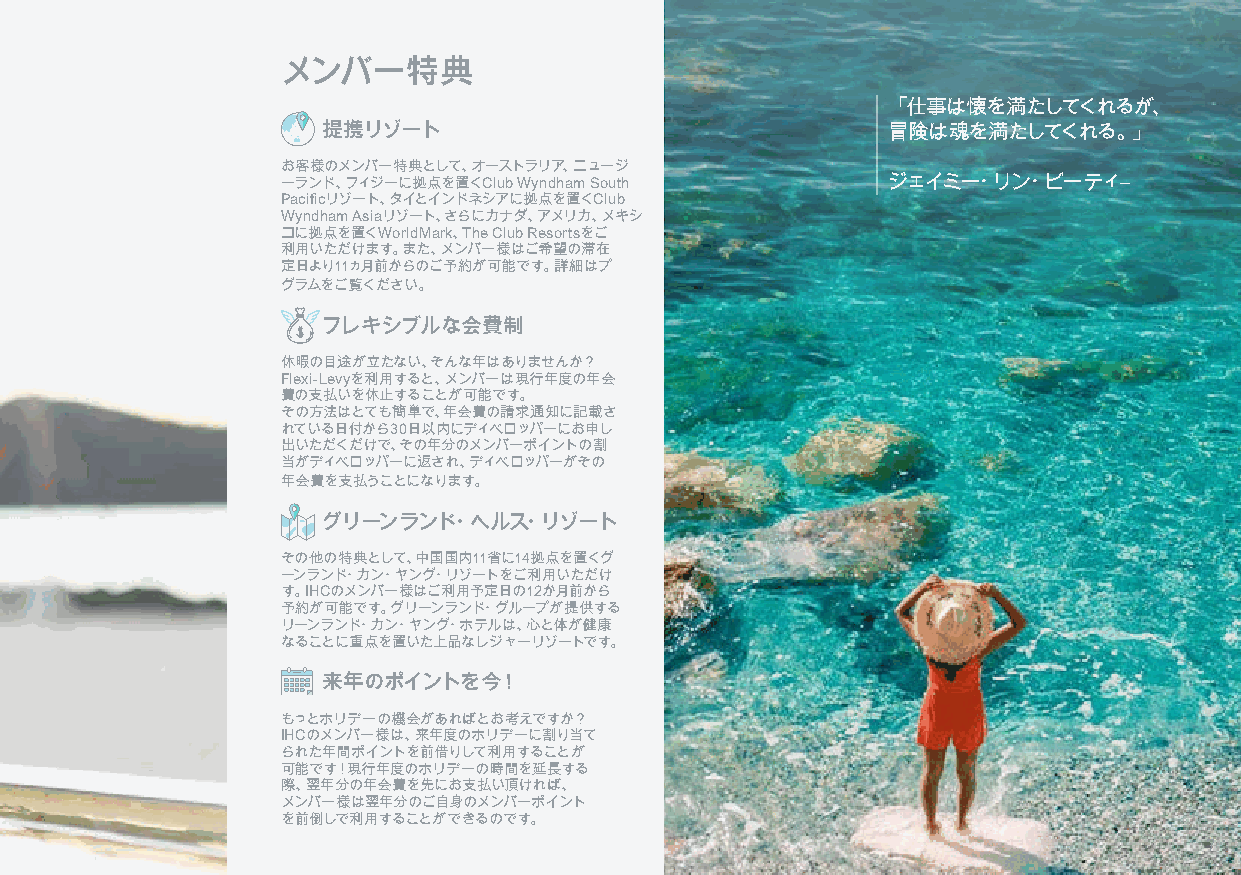
membership
 メンバー特典
 「仕事は懐を満たしてくれるが、
 提携リゾート                                冒険は魂を満たしてくれる。」
 お客様のメンバー特典として、オーストラリア、ニュージ
 ーランド、フィジーに拠点を置くClub Wyndham South       ジェイミー・リン・ビーティ―
 Pacificリゾート、タイとインドネシアに拠点を置くClub
 Wyndham Asiaリゾート、さらにカナダ、アメリカ、メキシ
 コに拠点を置くWorldMark、The Club Resortsをご
 利用いただけます。また、メンバー様はご希望の滞在
 定日より11ヵ月前からのご予約が可能です。詳細はプ
 グラムをご覧ください。
 フレキシブルな会費制
 休暇の目途が立たない、そんな年はありませんか？
 Flexi-Levyを利用すると、メンバーは現行年度の年会
 費の支払いを休止することが可能です。
 その方法はとても簡単で、年会費の請求通知に記載さ
 れている日付から30日以内にディベロッパーにお申し
 出いただくだけで、その年分のメンバーポイントの割
 当がディベロッパーに返され、ディベロッパーがその
 年会費を支払うことになります。
 グリーンランド・ヘルス・リゾート
 その他の特典として、中国国内11省に14拠点を置くグ
 ーンランド・カン・ヤング・リゾートをご利用いただけ
 す。IHCのメンバー様はご利用予定日の12か月前から
 予約が可能です。グリーンランド・グループが提供する
 リーンランド・カン・ヤング・ホテルは、心と体が健康
 なることに重点を置いた上品なレジャーリゾートです。
 来年のポイントを今！
 もっとホリデーの機会があればとお考えですか？
 IHCのメンバー様は、来年度のホリデーに割り当て
 られた年間ポイントを前借りして利用することが
 可能です！現行年度のホリデーの時間を延長する
 際、翌年分の年会費を先にお支払い頂ければ、
 メンバー様は翌年分のご自身のメンバーポイント
 を前倒しで利用することができるのです。
 7